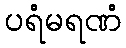
ပရံမရဏံ